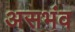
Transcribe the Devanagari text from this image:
असभंव